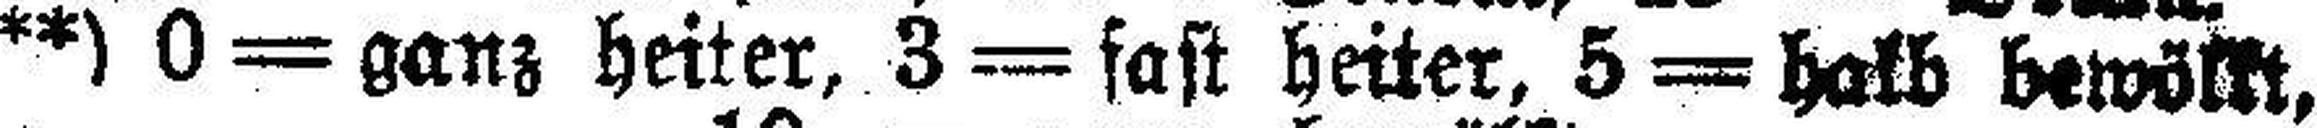
**) 0 = ganz heiter, 3 = fast heiter, 5 = halb bewölkt,